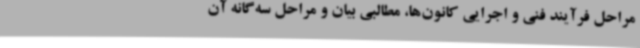
مراحل فرآیند فنی و اجرایی کانون‌ها، مطالبی بیان و مراحل سه‌گانه آن